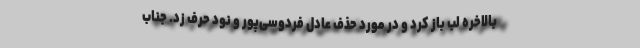
بالاخره لب باز کرد و در مورد حذف عادل فردوسی‌پور و نود حرف زد. جناب